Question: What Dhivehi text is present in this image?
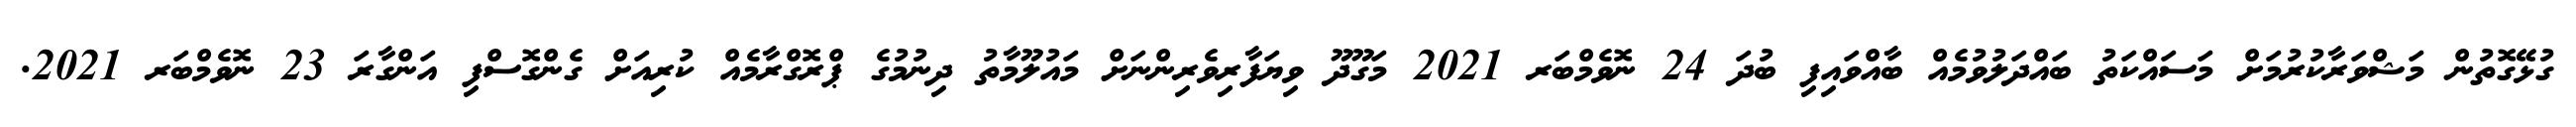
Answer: ގުޅޭގޮތުން މަޝްވަރާކުރުމަށް މަސައްކަތު ބައްދަލުވުމެއް ބާއްވައިފި ބުދަ 24 ނޮވެމްބަރ 2021 މަގޫދޫ ވިޔަފާރިވެރިންނަށް މައުލޫމާތު ދިނުމުގެ ޕްރޮގްރާމެއް ކުރިއަށް ގެންގޮސްފި އަންގާރަ 23 ނޮވެމްބަރ 2021.